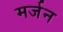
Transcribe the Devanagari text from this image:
मर्जन